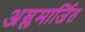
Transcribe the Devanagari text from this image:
अम्लमार्जित